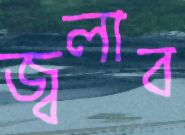
জ্বলাব